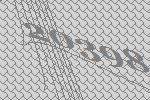
20398